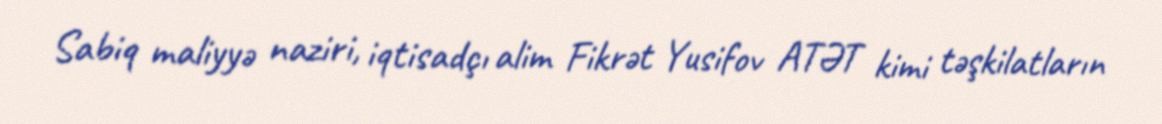
Sabiq maliyyə naziri, iqtisadçı alim Fikrət Yusifov ATƏT kimi təşkilatların